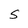
Character: S